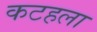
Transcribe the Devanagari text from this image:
कटहला